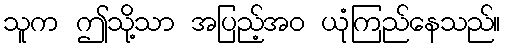
သူက ဤသို့သာ အပြည့်အဝ ယုံကြည်နေသည်။